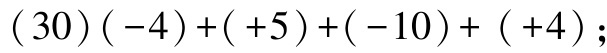
$(30)(-4)+(+5)+(-10)+(+4);$